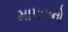
માપવાનો